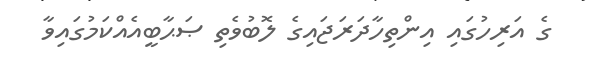
ގެ އަރިހުގައި އިންތިހާދަރަޖައިގެ ލޮބުވެތި ޞަޙާބީއެއްކަމުގައިވާ